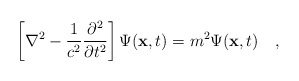
\begin{align*}\left [ \nabla^2 - {1\over c^2} {\partial^2 \over \partial t^2}\right ] \Psi ({\bf x}, t) = m^2 \Psi ({\bf x}, t)\quad,\end{align*}